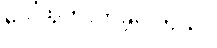
ပေါ်ထွက်လာခဲ့ပါတယ်။